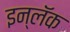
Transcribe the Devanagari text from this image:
इन्लॅक